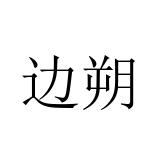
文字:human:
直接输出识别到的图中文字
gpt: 边朔